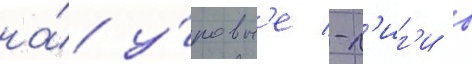
на́ у́ровн'е -л'иг'и в